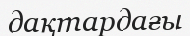
дақтардағы